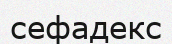
сефадекс